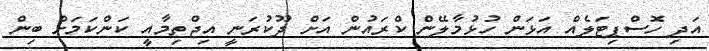
އަދި ހޮސްޕިޓަލެއް އަޅަން ހުޅުމާލޭން ކްރައުން އަށް ދޫކުރަނީ އިޖްތިމާއީ ކަންކަމަށް ބިން